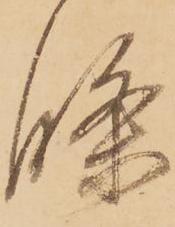
條